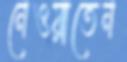
নেওয়াতেন